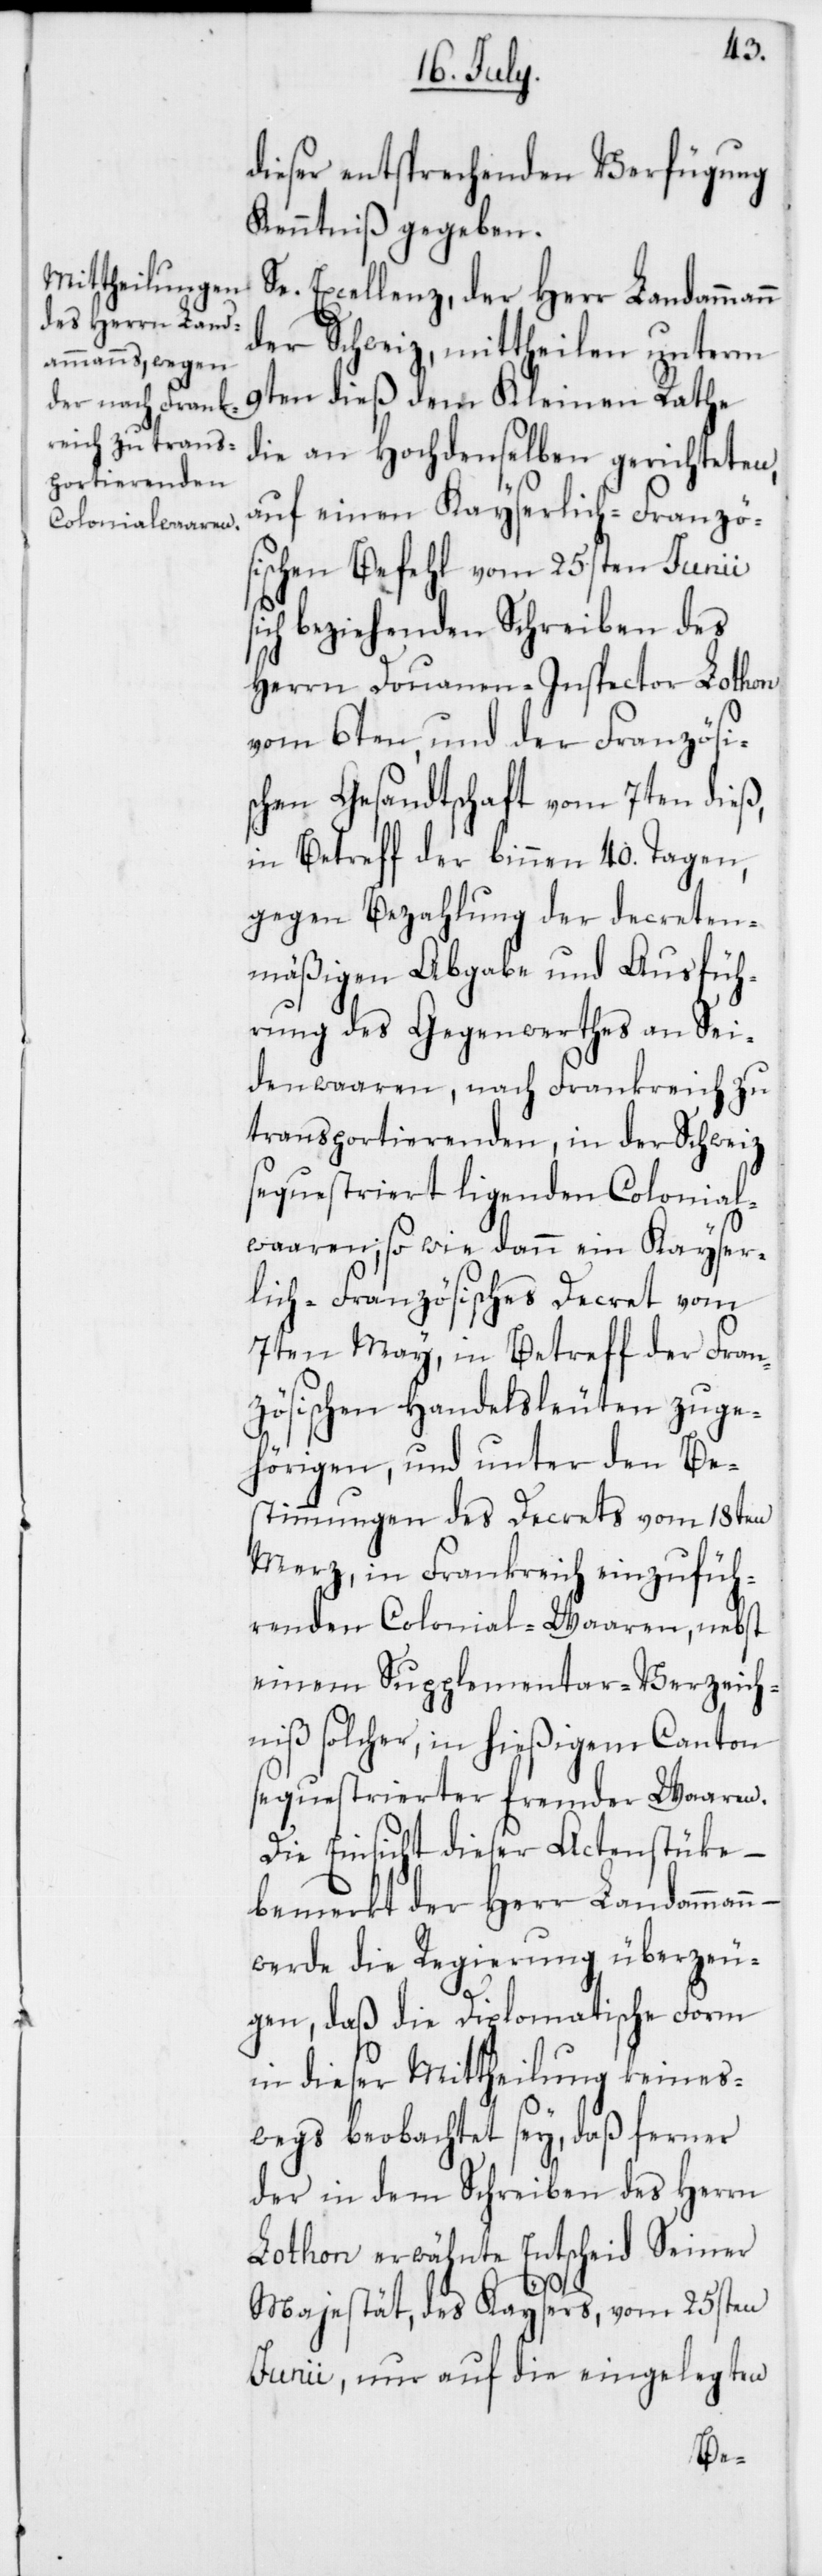
dieser entsprechenden Verfügung
Kenntniß gegeben.
Se. Excellenz, der Herr Landammann
der Schweiz, mittheilen unterm
9ten dieß dem Kleinen Rathe,
die an Hochdenselben gerichteten,
auf einen Kayserlich-Franzö¬
sischen Befehl vom 25sten Junii
ch beziehenden Schreiben des
Herrn Douanen-Inspector Lothon
vom 6ten, und der Französi¬
schen Gesandtschaft vom 7ten dieß,
in Betreff der binnen 40. Tagen,
gegen Bezahlung der decreten¬
mäßigen Abgabe und Ausfüh¬
rung des Gegenwerthes an Sei¬
denwaaren, nach Frankreich zu
transportierenden, in der Schweiz
sequestriert ligenden Colonial¬
waaren, so wie dann ein Kayser¬
lich-Französisches Decret vom
7ten May, in Betreff der Fran¬
zösischen Handelsleuten zuge¬
hörigen, und unter den Be¬
stimmungen des Decrets vom 18ten
Merz, in Frankreich einzufüh¬
renden Colonial-Waaren, nebst
einem Supplementar-Verzeich¬
niß solcher, in hießigem Canton
sequestrierter fremder Waaren.
Die Einsicht dieser Actenstüke –
bemerkt der Herr Landammann
werde die Regierung überzeu¬
gen, daß die Diplomatische Form
in dieser Mittheilung keines¬
wegs beobachtet sey, daß ferner
der in dem Schreiben des Herrn
Lothon erwähnte Entscheid Seiner
si¬
Majestät, des Kaysers, vom 25sten
Junii, nur auf die eingelegten